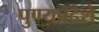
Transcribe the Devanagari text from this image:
पुण्यप्रदेशे